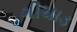
ગીચાડ